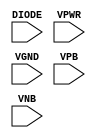
module sky130_fd_sc_hs__diode (
    DIODE,
    VPWR ,
    VGND ,
    VPB  ,
    VNB
);

    input DIODE;
    input VPWR ;
    input VGND ;
    input VPB  ;
    input VNB  ;
endmodule